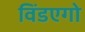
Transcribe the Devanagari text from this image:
विंडएगो